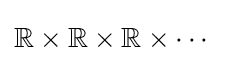
\mathbb {R} \times \mathbb {R} \times \mathbb {R} \times \dotsb